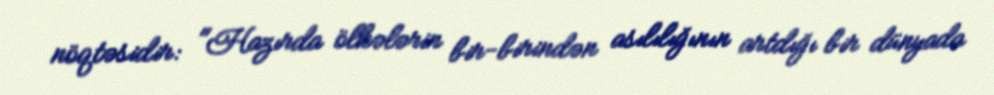
nöqtəsidir: "Hazırda ölkələrin bir-birindən asılılığının artdığı bir dünyada